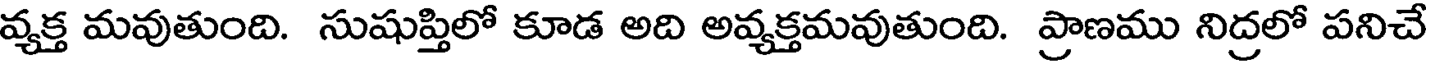
వ్యక్త మవుతుంది. సుషుప్తిలో కూడ అది అవ్యక్తమవుతుంది. ప్రాణము నిద్రలో పనిచే